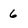
Character: 6